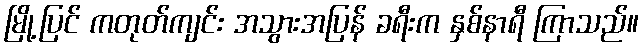
မြို့ပြင် ကတုတ်ကျင်း အသွားအပြန် ခရီးက နှစ်နာရီ ကြာသည်။